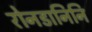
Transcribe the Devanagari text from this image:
रोनडानिनि